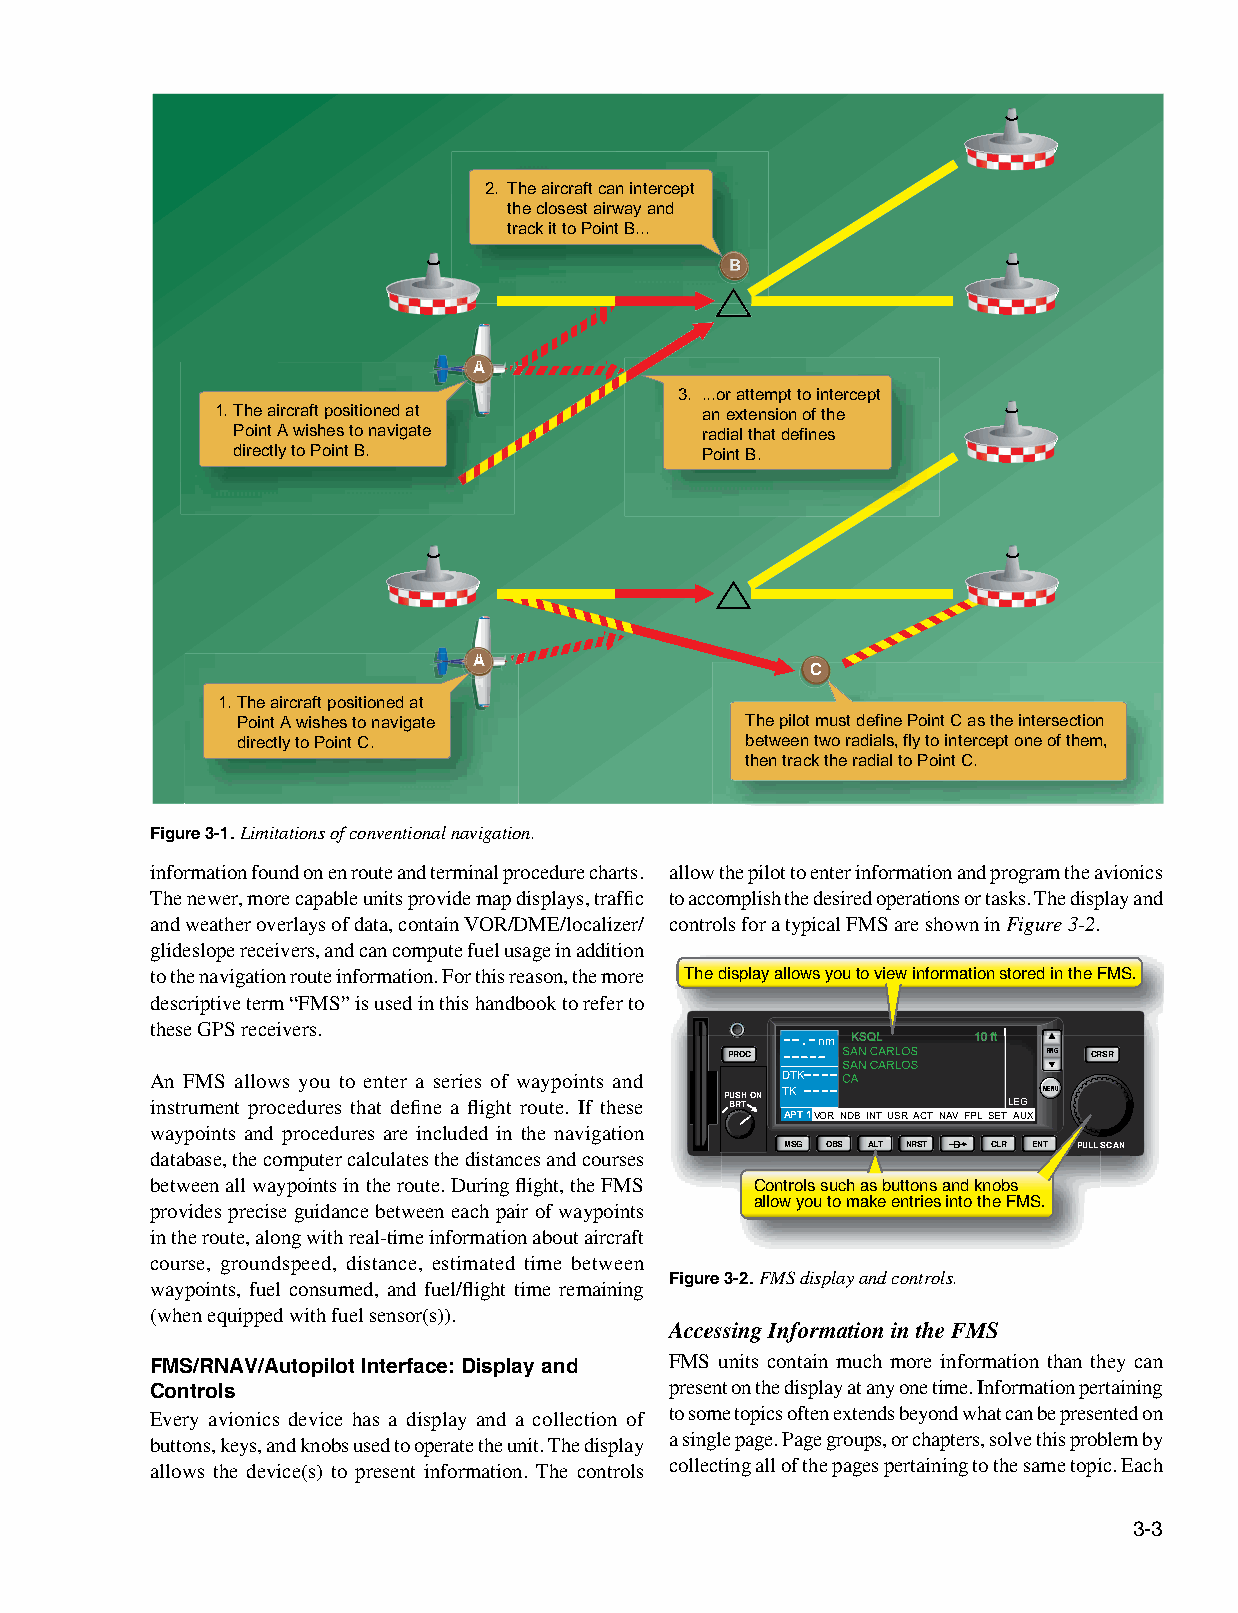
2. The aircraft can intercept
 the closest airway and
 track it to Point B...
 BBBBB
 AAAAAAAAA
 3. ...or attempt to intercept
 1. The aircraft positioned at   an extension of the
 Point A wishes to navigate     radial that defines
 directly to Point B.           Point B.
 AAAAAAAAA
 C
 1. The aircraft positioned at
 Point A wishes to navigate       The pilot must define Point C as the intersection
 directly to Point C.             between two radials, fly to intercept one of them,
 then track the radial to Point C.
 Figure 3-1. Limitations of conventional navigation.
 information found on en route and terminal procedure charts. allow the pilot to enter information and program the avionics
 The newer, more capable units provide map displays, traffic to accomplish the desired operations or tasks. The display and
 and weather overlays of data, contain VOR/DME/localizer/ controls for a typical FMS are shown in Figure 3-2.
 glideslope receivers, and can compute fuel usage in addition
 to the navigation route information. For this reason, the more The display allows you to view information stored in the FMS.
 descriptive term “FMS” is used in this handbook to refer to
 these GPS receivers.
 . nm
 PROC                 RNG CRSR
 An FMS allows you to enter a series of waypoints and DTK
 instrument procedures that define a flight route. If these P BU RS TH ON TK LEG MENU
 APT 1 VOR NDB INT USR ACT NAV FPL SET AUX
 waypoints and procedures are included in the navigation
 MSG OBS ALT NRST D CLR ENT PULL SCAN
 database, the computer calculates the distances and courses
 between all waypoints in the route. During flight, the FMS Controls such as buttons and knobs
 allow you to make entries into the FMS.
 provides precise guidance between each pair of waypoints
 in the route, along with real‑time information about aircraft
 course, groundspeed, distance, estimated time between
 Figure 3-2. FMS display and controls.
 waypoints, fuel consumed, and fuel/flight time remaining
 (when equipped with fuel sensor(s)).
 Accessing Information in the FMS
 FMS units contain much more information than they can
 FMS/RNAV/Autopilot Interface: Display and
 present on the display at any one time. Information pertaining
 Controls
 Every avionics device has a display and a collection of to some topics often extends beyond what can be presented on
 buttons, keys, and knobs used to operate the unit. The display a single page. Page groups, or chapters, solve this problem by
 allows the device(s) to present information. The controls collecting all of the pages pertaining to the same topic. Each
 3-3